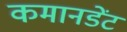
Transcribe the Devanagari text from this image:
कमानडेंट